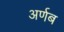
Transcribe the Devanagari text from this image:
अर्णब